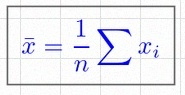
\bar{x}=\frac1n\sum x_i